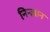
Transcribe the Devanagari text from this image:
निन्ज्ञान